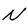
Character: N